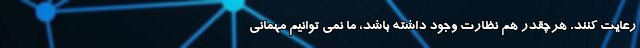
رعایت کنند. هرچقدر هم نظارت وجود داشته باشد، ما نمی توانیم مهمانی